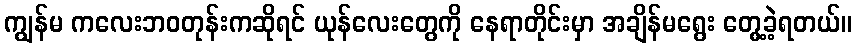
ကျွန်မ ကလေးဘဝတုန်းကဆိုရင် ယုန်လေးတွေကို နေရာတိုင်းမှာ အချိန်မရွေး တွေ့ခဲ့ရတယ်။